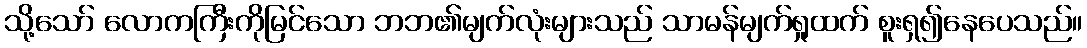
သို့သော် လောကကြီးကိုမြင်သော ဘဘ၏မျက်လုံးများသည် သာမန်မျက်ရှုထက် စူးရှ၍နေပေသည်။